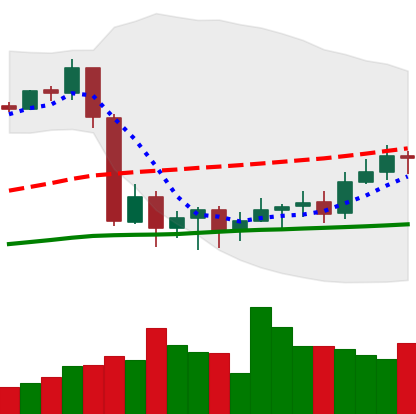
Ticker: BTC-USD
Chart end date: 2020-09-17
Forward return: -3.75%
Label: down_3_5